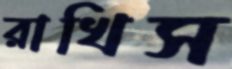
রাখিস